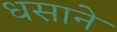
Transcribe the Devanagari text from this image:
धसाने